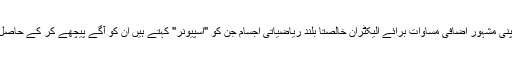
ڈیراک نے اپنی مشہور اضافی مساوات برائے الیکٹران خالصتاً بلند ریاضیاتی اجسام جن کو "اسپیونر" کہتے ہیں ان کو آگے پیچھے کر کے حاصل کر لی تھی۔